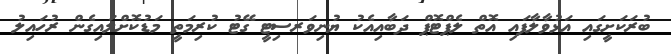
ބުރަކަށީގައި އަޅުވާލާފައި އޮތް ލެޕްޓޮޕް ދަބާއިއެކު ޔުނިވަރސިޓީ ގޭޓު ކުރިމަތީ މަޑުކޮށްލައިގެން ރުހައިލު